Annual statistical returns and brief notes on vaccination in Bengal - 1909-1929
Year: 1909
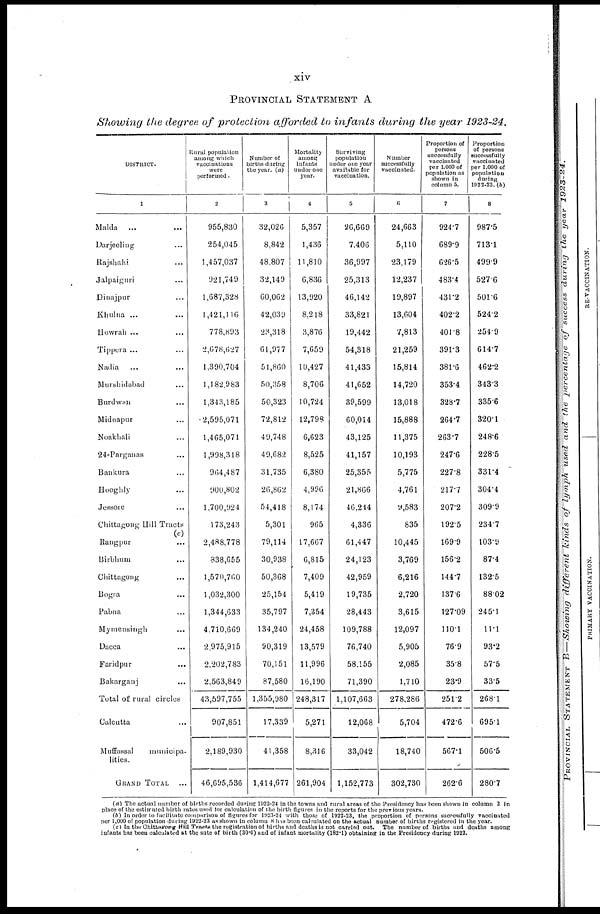
xiv
PROVINCIAL STATEMENT A
Showing the degree of protection afforded to infants during the year 1923-24.
DISTRICT.
1
Malda ... ...
Darjeeling... ...
Rajshahi... ...
Jalpaiguri... ...
Dinajpur... ...
Khulna... ...
Howrah... ...
Tippera... ...
Nadia... ...
Murshidabad... ...
Burdwan... ...
Midnapur... ...
Noakhali... ...
24-Parganas... ...
Bankura...
Hooghly... ...
Jessore... ...
Chittagong Hill Tracts
(c)
Rangpur... ...
Birbhum... ...
Chittagong... ...
Bogra... ...
Pabna... ...
Mymensingh... ...
Dacca... ...
Faridpur... ...
Bakarganj ... ...
Total of rural circles...
Calcutta... ...
Muffassal
municipa-
lities.
GRAND
TOTAL...
Rural population
among which
vaccinations
were
performed.
2
955,830
254,045
1,457,037
921,749
1,687,328
1,421,116
778,893
2,678,627
1,390,704
1,182,983
1,343,185
2,595,071
1,465,071
1,998,318
964,487
900,802
1,700,924
173,243
2,488,778
838,655
1,570,760
1,032,300
1,344,633
4,710,669
2,975,915
2,202,783
2,563,849
43,597,755
907,851
2,189,930
46,695,536
Number of
births during
the year. (a)
3
32,026
8,842
48,807
32,149
60,062
42,039
23,318
61,977
51,860
50,358
50,323
72,812
49,748
49,682
31,735
26,862
54,418
5,301
79,114
30,938
50,368
25,154
35,797
134,240
90,319
70,151
87,580
1,355,980
17,339
41,358
1,414,677
Mortality
among
infanta
under one
year.
4
5,357
1,436
11,810
6,836
13,920
8,218
3,876
7,659
10,427
8,706
10,724
12,798
6,623
8,525
6,380
4,996
8,174
965
17,667
6,815
7,409
5,419
7,354
24,458
13,579
11,996
16,190
248,317
5,271
8,316
261,904
Surviving
population
under one year
available for
vaccination.
5
26,669
7,406
36,997
25,313
46,142
33,821
19,442
54,318
41,433
41,652
39,599
60,014
43,125
41,157
25,355
21,866
46,244
4,336
61,447
24,123
42,959
19,735
28,443
109,788
76,740
58,155
71,390
1,107,663
12,068
33,042
1,152,773
Number
successfully
vaccinated.
6
24,663
5,110
23,179
12,237
19,897
13,604
7,813
21,259
15,814
14,720
13,018
15,888
11,375
10,193
5,775
4,761
9,583
835
10,445
3,769
6,216
2,720
3,615
12,097
5,905
2,085
1,710
278,286
5,704
18,740
302,730
Proportion of
persons
successfully
vaccinated
per 1,000 of
population as
shown in
column 5.
7
924.7
689.9
626.5
483.4
431.2
402.2
401.8
391.3
381.6
353.4
328.7
264.7
263.7
247.6
227.8
217.7
207.2
192.5
169.9
156.2
144.7
137.6
127.09
110.1
76.9
35.8
23.9
251.2
472.6
567.1
262.6
Proportion
of persons
successfully
vaccinated
per 1,000 of
population
during
1922-23. (b)
8
987.5
713.1
499.9
527.6
501.6
524.2
254.9
614.7
462.2
343.3
335.6
320.1
248.6
228.5
331.4
304.4
309.9
234.7
103.9
87.4
132.5
880.2
245.1
11.1
93.2
57.5
33.5
268.1
695.1
506.5
280.7
(a) The actual number of births recorded during 1923-24 in the towns and rural areas of the Presidency has been shown in column 3 in
place of the estimated birth rates used for calculation of the birth figures in the reports for the previous years.
(b) In order to facilitate comparison of figures for 1923-24 with those of 1922-23, the proportion of persons successfully vaccinated
per 1,000 of population during 1922-23 as shown in column 8 has been calculated on the actual number of births registered in the year.
(c) In the Chittagong Hill Tracts the registration of births and deaths is not carried out. The number of births and deaths among
infants has been calculated at the sute of birth (30.6) and of infant mortality (182.1) obtaining in the Presidency during 1923.